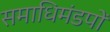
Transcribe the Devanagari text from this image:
समाधिमंडपों